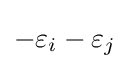
-\varepsilon _{i}-\varepsilon _{j}